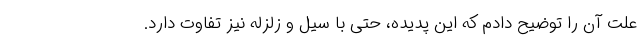
علت آن را توضیح دادم که این پدیده، حتی با سیل و زلزله نیز تفاوت دارد.